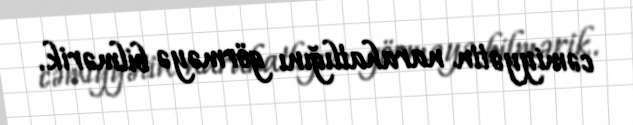
cəmiyyətin narahatlığını görməyə bilmərik.